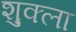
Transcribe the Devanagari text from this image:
श़ुक्ला